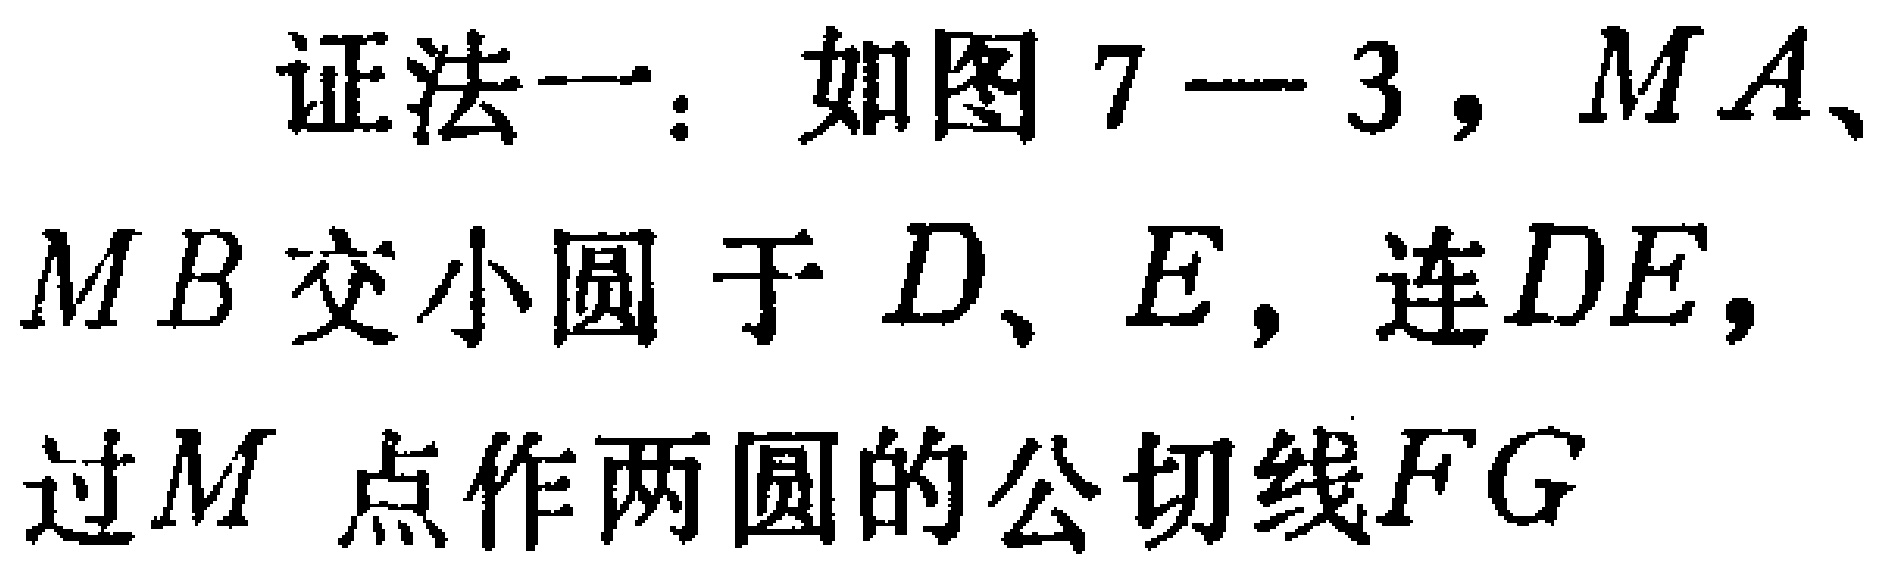
证法一：如图 7—3，$MA$、$MB$交小圆于$D$、$E$，连$DE$，过$M$点作两圆的公切线$FG$